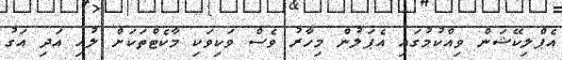
އެޕްލިކޭޝަން ވިއްކުމުގައި އެޕަލުން މިހާރު ވެސް ވަކިވަކި މާކެޓްތަކަށް ލުއި އަދި އަގު